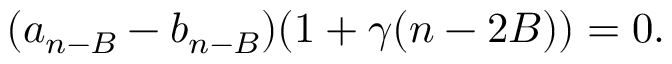
( a _ { n - B } - b _ { n - B } ) ( 1 + \gamma ( n - 2 B ) ) = 0 .